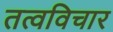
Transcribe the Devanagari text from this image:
तत्वविचार